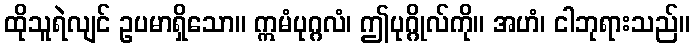
ထိုသူရဲလျင် ဥပမာရှိသော။ ဣမံပုဂ္ဂလံ၊ ဤပုဂ္ဂိုလ်ကို။ အဟံ၊ ငါဘုရားသည်။